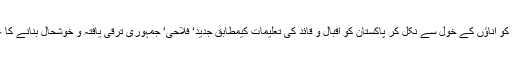
قومی لیڈر شپ کو اناﺅں کے خول سے نکل کر پاکستان کو اقبالؒ و قائدؒ کی تعلیمات کیمطابق جدید‘ فلاحی‘ جمہوری ترقی یافتہ و خوشحال بنانے کا عزم کرنا ہو گا۔